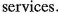
services.